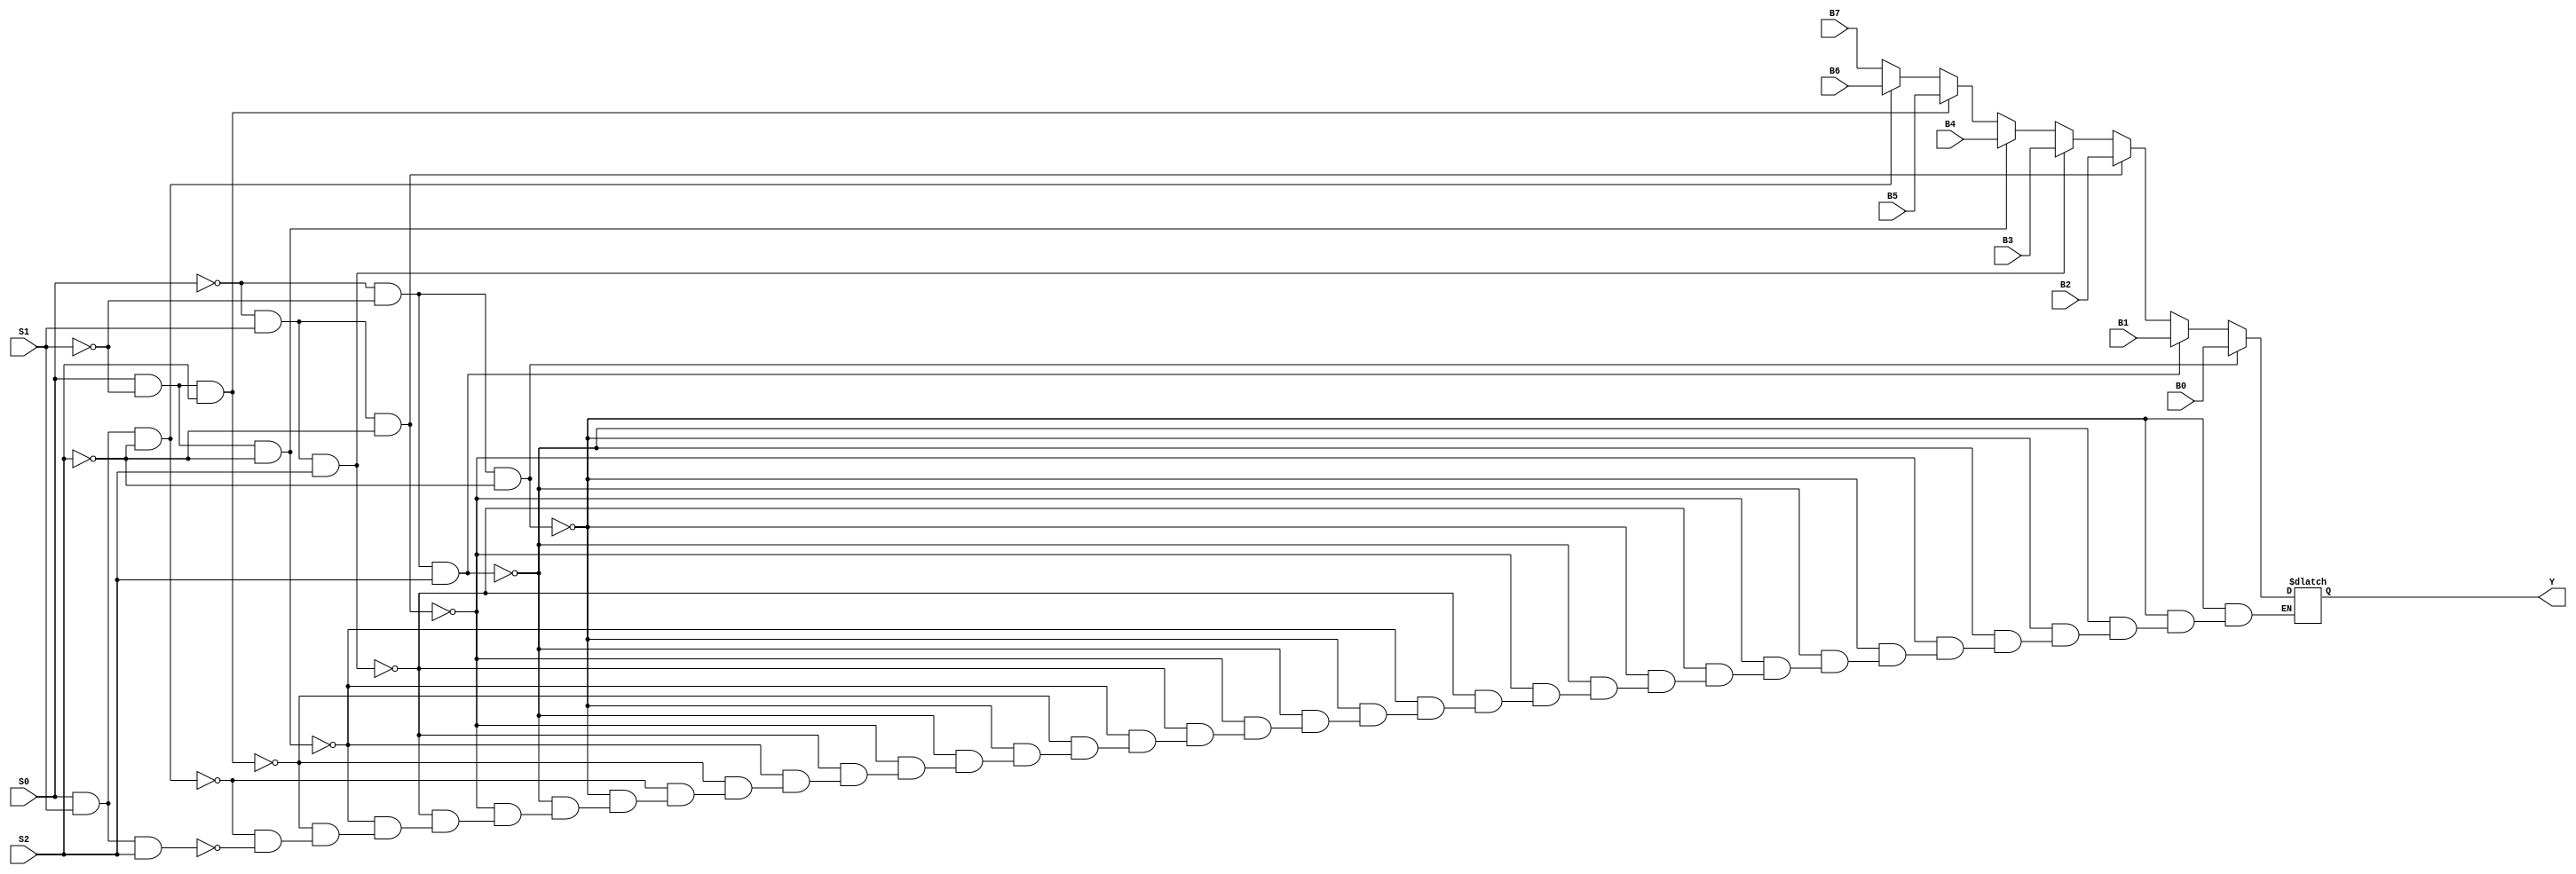
module mux(S0,S1,S2,Y,B0,B1,B2,B3,B4,B5,B6,B7);
  input S0,S1,S2,B0,B1,B2,B3,B4,B5,B6,B7;
  output reg Y;
  
  always @ (S0,S1,S2,B0,B1,B2,B3,B4,B5,B6,B7)
    begin

    if (S0 == 1'b0 && S1 == 1'b0 &&  S2 == 1'b0)
      begin 
        Y=B0;
      end
      else if (S0 == 1'b0 && S1 == 1'b0 &&  S2 == 1'b1)
      begin 
        Y=B1;
      end
      else if (S0 == 1'b0 && S1 == 1'b1 &&  S2 == 1'b0)
      begin 
       	Y=B2;
      end
      else if (S0 == 1'b0 && S1 == 1'b1 &&  S2 == 1'b1)
      begin 
       	Y=B3;
      end
      else if (S0 == 1'b1 && S1 == 1'b0 &&  S2 == 1'b0)
      begin 
       	Y=B4;
      end
      else if (S0 == 1'b1 && S1 == 1'b0 &&  S2 == 1'b1)
      begin 
        Y=B5;
      end
      else if (S0 == 1'b1 && S1 == 1'b1 &&  S2 == 1'b0)
      begin 
       	Y=B6;
      end

      else if (S0 == 1'b1 && S1 == 1'b1 &&  S2 == 1'b1)
      begin 
        Y=B7;
      end
    end
endmodule